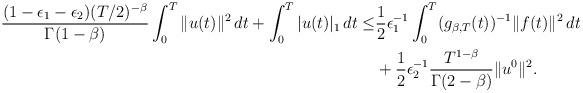
LaTeX: \begin{align*} \frac{(1-\epsilon_1-\epsilon_2)(T/2)^{-\beta}}{\Gamma(1-\beta)}\int_0^T \|u(t)\|^2 \,dt+\int_0^T|u(t)|_1\,dt \leq& \frac12\epsilon_1^{-1}\int_0^T (g_{\beta,T}(t))^{-1}\|f(t)\|^2 \,dt \\ &+\frac12\epsilon_2^{-1}\frac{T^{1-\beta}}{\Gamma(2-\beta)}\|u^0\|^2. \end{align*}